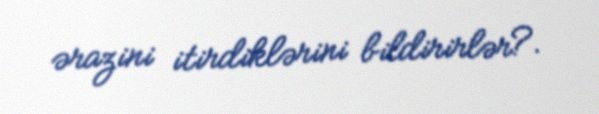
ərazini itirdiklərini bildirirlər?.